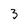
Character: 3